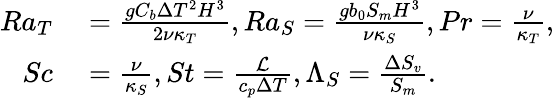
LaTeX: \begin{array}{rl}{Ra_{T}}&{{}=\frac{gC_{b}\Delta T^{2}H^{3}}{2\nu\kappa_{T}},Ra_{S}=\frac{gb_{0}S_{m}H^{3}}{\nu\kappa_{S}},Pr=\frac{\nu}{\kappa_{T}},}\\ {Sc}&{{}=\frac{\nu}{\kappa_{S}},St=\frac{\mathcal{L}}{c_{p}\Delta T},\Lambda_{S}=\frac{\Delta S_{v}}{S_{m}}.}\end{array}